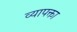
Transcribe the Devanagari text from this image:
व्यापक्ता